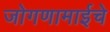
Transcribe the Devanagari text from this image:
जोगणामाईचे